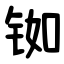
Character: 铷